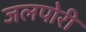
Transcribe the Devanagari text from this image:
जलपोरी